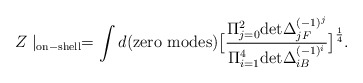
\begin{align*}Z \mid_{\rm on-shell} = \int d({\rm zero~ modes} )\big[ { \Pi_{j=0}^2{\rm det} \Delta_{jF} ^{(-1)^j}\over \Pi_{i=1}^4{\rm det} \Delta_{iB} ^{(-1)^i}} \big]^{1 \over 4} .\end{align*}